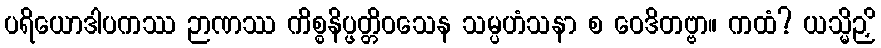
ပရိယောဒါပကဿ ဉာဏဿ ကိစ္စနိပ္ဖတ္တိဝသေန သမ္ပဟံသနာ စ ဝေဒိတဗ္ဗာ။ ကထံ? ယသ္မိဉှိ